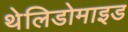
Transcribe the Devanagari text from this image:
थेलिडोमाइड